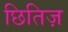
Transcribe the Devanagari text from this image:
छितिज़